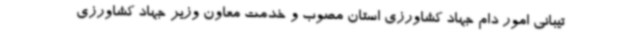
تیبانی امور دام جهاد کشاورزی استان مصوب و خدمت معاون وزیر جهاد کشاورزی